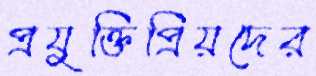
প্রযুক্তিপ্রিয়দের